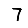
Digit: 7